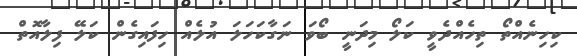
ކިހިނެއްތޯ ތިހެއްދެވީ ކަލޯ މިދަނީ ބޯވަ ނަގާކަހަލަ އުލެއް ހިފައިގެން ކަލޭ ފިލާއޮތް